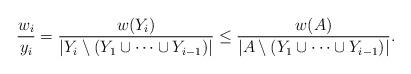
LaTeX: \begin{align*}\frac{w_i}{y_i}=\frac{w(Y_i)}{|Y_i\setminus(Y_1\cup\dots\cup Y_{i-1})|} \le\frac{w(A)}{|A\setminus(Y_1\cup\dots\cup Y_{i-1})|}.\end{align*}